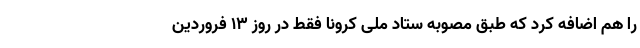
را هم اضافه کرد که طبق مصوبه ستاد ملی کرونا فقط در روز ۱۳ فروردین